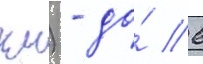
км) - до́ 6